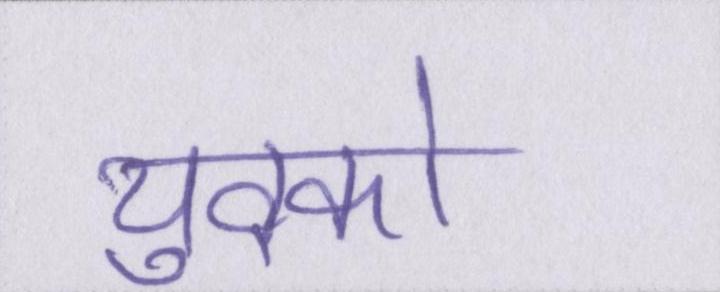
युवको